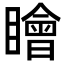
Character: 瞺